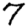
Digit: 7